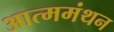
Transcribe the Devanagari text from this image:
आत्ममंथन